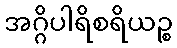
အဂ္ဂိပါရိစရိယဉ္စ